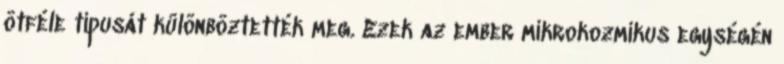
ötféle típusát különböztették meg. Ezek az ember mikrokozmikus egységén